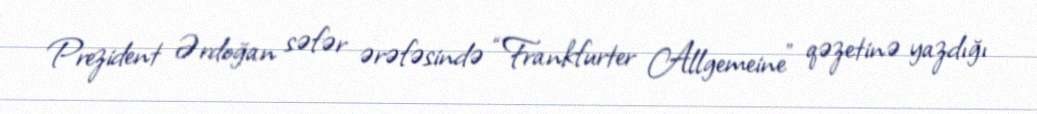
Prezident Ərdoğan səfər ərəfəsində “Frankfurter Allgemeine” qəzetinə yazdığı